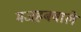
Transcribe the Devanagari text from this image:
मजहबवाले